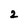
Character: 2